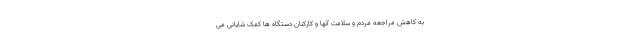
به کاهش مراجعه مردم و سلامت آنها و کارکنان دستگاه ها کمک شایانی می